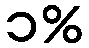
၁%